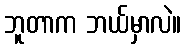
ဘူတာက ဘယ်မှာလဲ။